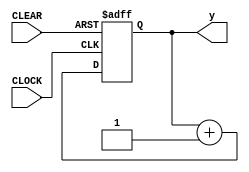
// 8-bit binary counter
module EightBitCounter #(parameter N = 8) 
(
	input CLOCK, CLEAR,
	output reg [N-1:0]y 		// y is defined as a register
);                
always @ (posedge CLOCK, negedge CLEAR)
	if (CLEAR==1'b0) 
		y <= 0;   				// y is loaded with all 0's
		else
			y <= y + 1'b1;    // y is incremented
endmodule